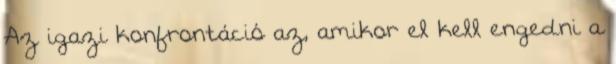
Az igazi konfrontáció az, amikor el kell engedni a